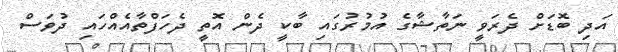
އަދި ބޮޑަށް ދެރަވީ ނަތާޝާގެ އުމުރުގައި ބާކީ ދެން އޮތީ ދެހަފްތާއެއްހައި ދުވަސް